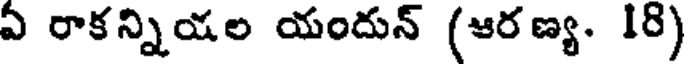
ఏ రాకన్నియల యందున్ (ఆరణ్య. 18)